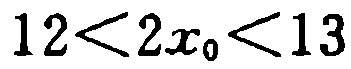
\(12<2x_{0}<13\)